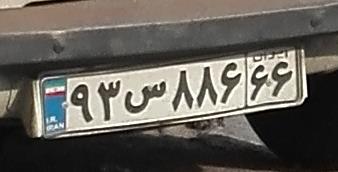
۹۳س۸۸۶۶۶